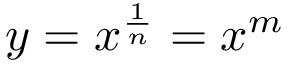
y = x ^ { \frac { 1 } { n } } = x ^ { m }